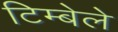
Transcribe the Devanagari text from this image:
टिम्बेले